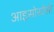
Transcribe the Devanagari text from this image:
आइसोस्टैसी